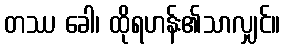
တဿ ခေါ၊ ထိုရဟန်း၏သာလျှင်။